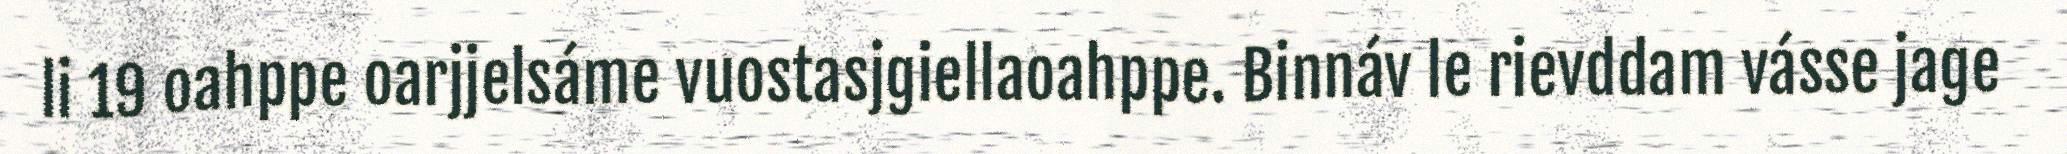
li 19 oahppe oarjjelsáme vuostasjgiellaoahppe. Binnáv le rievddam vásse jage